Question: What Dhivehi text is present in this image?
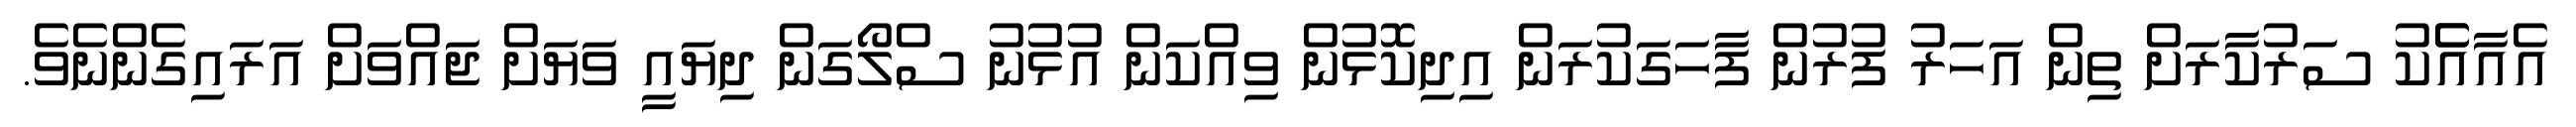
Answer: އެއާއެެކު ސަރުކާރަށް ތިން އަހަރު ފުރުން ފާހަގަކުރަން އިދިކޮޅުން ވިއްކަން އުޅުނު ސްލޯގަން ދިޔައީ ވަޔަށް ޖައްވަށް އަރައިގެންނެވެ.